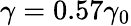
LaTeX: \gamma=0.57\gamma_{0}